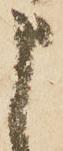
申